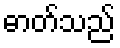
ဓာတ်သည်